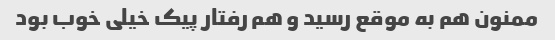
ممنون هم به موقع رسید و هم رفتار پیک خیلی خوب بود